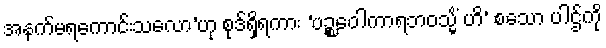
အနက်မရကောင်းသလော’ဟု စုဒ်ရှိရကား ‘ပဉ္စဝေါကာရဘဝသ္မိံ ဟိ’ စသော ပါဌ်ကို